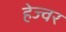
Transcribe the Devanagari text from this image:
हेज्वर